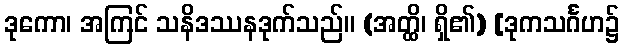
ဒုကော၊ အကြင် သနိဒဿနဒုက်သည်။ (အတ္ထိ၊ ရှိ၏) [ဒုကသင်္ဂဟ၌